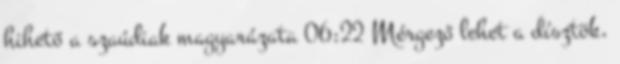
hihető a szaúdiak magyarázata 06:22 Mérgező lehet a dísztök,